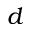
d